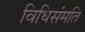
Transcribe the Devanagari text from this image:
विधिसंमति